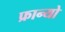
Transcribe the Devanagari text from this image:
फ्रान्यो